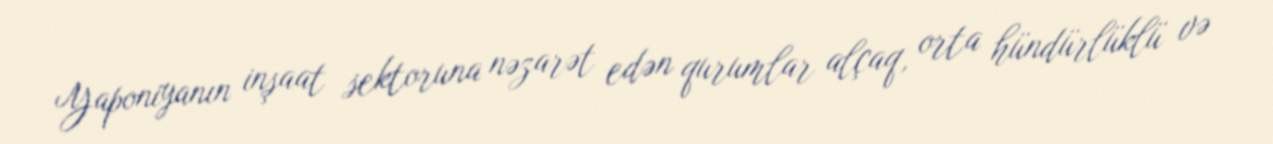
Yaponiyanın inşaat sektoruna nəzarət edən qurumlar alçaq, orta hündürlüklü və